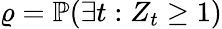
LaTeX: \varrho=\mathbb{P}(\exists t:Z_{t}\geq 1)